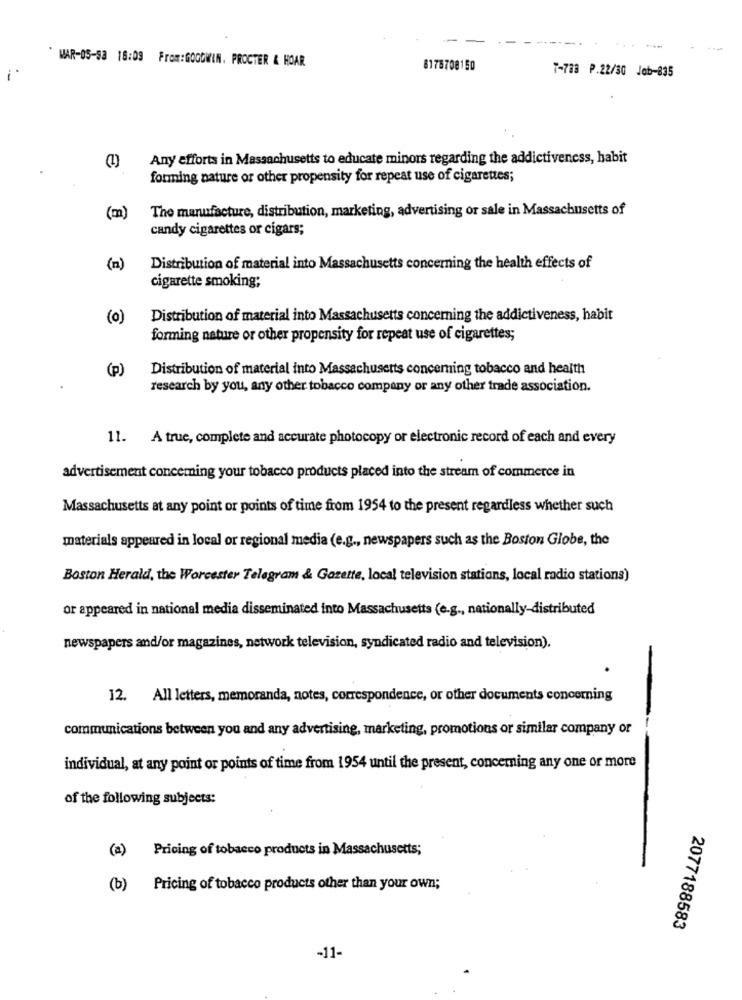
...
WAR-05-93 18:09 From:GOODWIN. PROCTER & HOAR
8178708150
7-788 P.22/30 Job-835
Any efforts in Massachusetts to educate minors regarding the addictiveness, habit
forming nature or other propensity for repeat use of cigarettes;
The manufacture, distribution, marketing, advertising or sale in Massachusetts of
(m)
candy cigarettes or cigars;
(n)
Distribution of material into Massachusetts concerning the health effects of
cigarette smoking;
(0)
Distribution of material into Massachusetts concerning the addictiveness, habit
forming nature or other propensity for repeat use of cigarettes;
(p)
Distribution of material into Massachusetts concerning tobacco and health
research by you, any other tobacco company or any other trade association.
11. A true, complete and accurate photocopy or electronic record of each and every
advertisement concerning your tobacco products placed into the stream of commerce in
Massachusetts at any point or points of time from 1954 to the present regardless whether such
materials appeared in local or regional media (e.g ., newspapers such as the Boston Globe, the
Boston Herald, the Worcester Telegram & Gazette, local television stations, local radio stations)
or appeared in national media disseminated into Massachusetts (e.g ., nationally-distributed
newspapers and/or magazines, network television, syndicated radio and television).
12. All letters, memoranda, notes, correspondence, or other documents concerning
communications between you and any advertising, marketing, promotions or similar company or
individual, at any point or points of time from 1954 until the present, concerning any one or more
of the following subjects:
(a) Pricing of tobacco products in Massachusetts;
(b)
Pricing of tobacco products other than your own;
2077188583
-11-